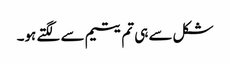
شکل سے ہی تم یتیم سے لگتے ہو۔